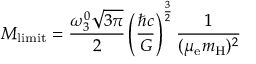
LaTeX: M _ { \mathrm { { l i m i t } } } = { \frac { \omega _ { 3 } ^ { 0 } { \sqrt { 3 \pi } } } { 2 } } \left( { \frac { \hbar c } { G } } \right) ^ { \frac { 3 } { 2 } } { \frac { 1 } { ( \mu _ { \mathrm { e } } m _ { \mathrm { H } } ) ^ { 2 } } }